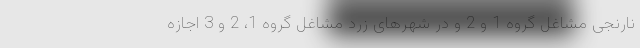
نارنجی مشاغل گروه 1 و 2 و در شهرهای زرد مشاغل گروه 1، 2 و 3 اجازه